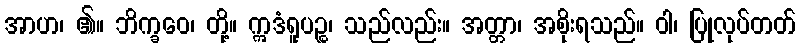
အာဟ၊ ၏။ ဘိက္ခဝေ၊ တို့။ ဣဒံရူပဉ္စ၊ သည်လည်း။ အတ္တာ၊ အစိုးရသည်။ ဝါ၊ ပြုလုပ်တတ်